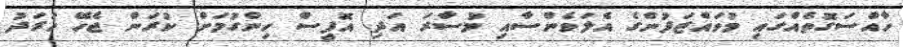
ހާއްސަގޮތެއްގައި މުވައްޒަފުންގެ އެލަވެންސާއި މުސާރަ އަދި އޮފީސް ހިންގުމަށް ކުރަން ޖެހޭ ހަރަދު